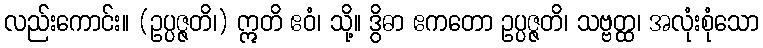
လည်းကောင်း။ (ဥပ္ပဇ္ဇတိ၊) ဣတိ ဧဝံ၊ သို့။ ဒွိဓာ ဧကတော ဥပ္ပဇ္ဇတိ၊ သဗ္ဗတ္ထ၊ အလုံးစုံသော